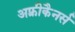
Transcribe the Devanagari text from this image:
अफ़्रीकैनर्स